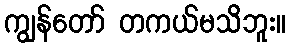
ကျွန်တော် တကယ်မသိဘူး။